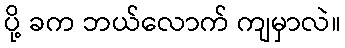
ပို့ ခက ဘယ်လောက် ကျမှာလဲ။